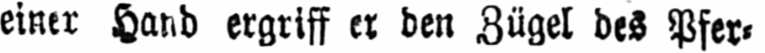
einer Hand ergriff er den Zügel des Pfer⸗